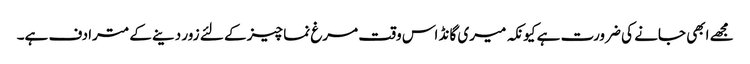
مجھے ابھی جانے کی ضرورت ہے کیونکہ میری گانڈ اس وقت مرغ نما چیز کے لئے زور دینے کے مترادف ہے۔